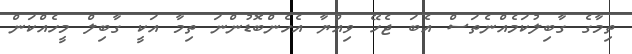
ތިމާގެ ގާބިލުކަމެއްނެތަސް އެބަ ޖެހޭ ވިއްޔާ އެހެންބޮޑުންނަ ތިމާ އަކީ ގާބިލް މީހެއްކަން